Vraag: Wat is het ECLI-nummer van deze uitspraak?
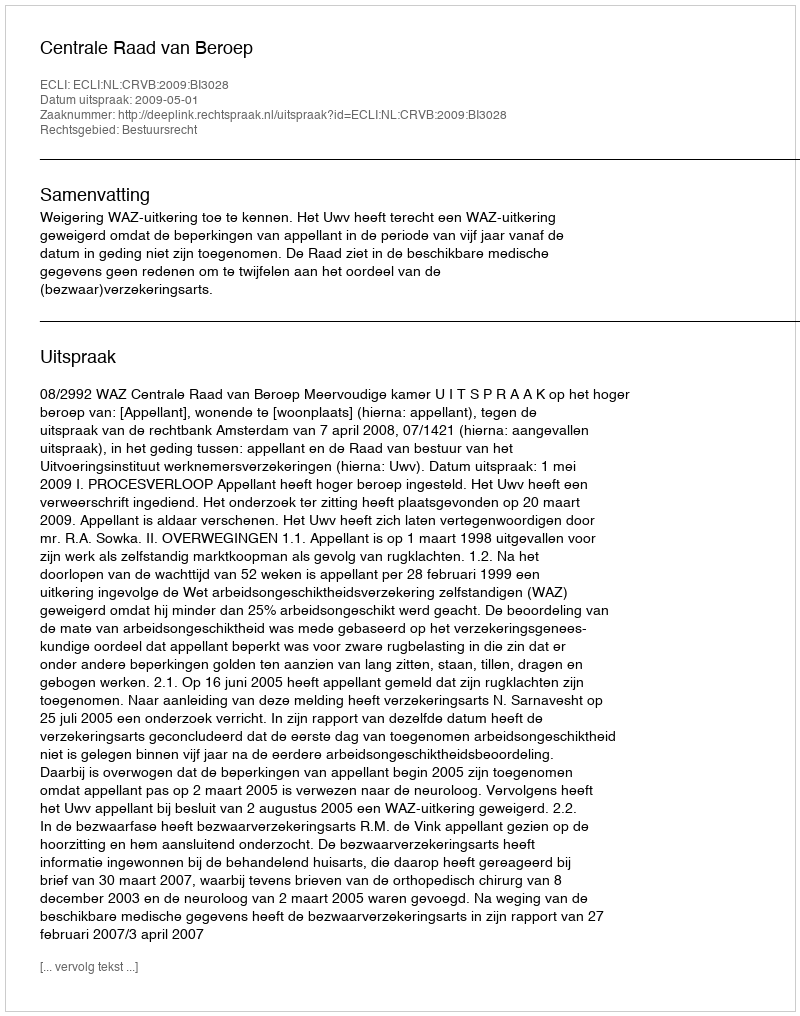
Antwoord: ECLI:NL:CRVB:2009:BI3028